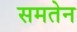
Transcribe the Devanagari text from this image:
समतेन